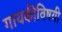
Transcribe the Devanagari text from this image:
गायकीविषयी